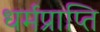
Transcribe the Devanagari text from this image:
धर्मप्राप्ति